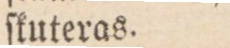
ſkuteras.